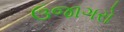
ઉજાગરો